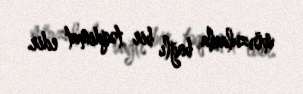
mövzularla bağlı bir təqdimat edir.